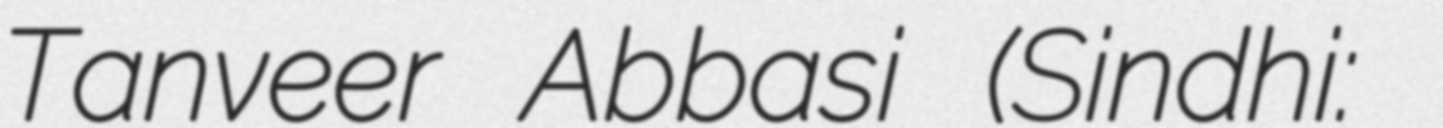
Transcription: Tanveer Abbasi (Sindhi: ڊاڪٽر